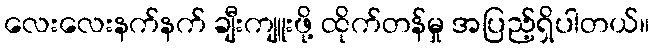
လေးလေးနက်နက် ချီးကျူးဖို့ ထိုက်တန်မှု အပြည့်ရှိပါတယ်။